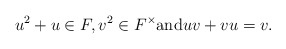
\begin{align*}u^2+u\in F,v^2\in F^\times{\rm and}uv+vu=v.\end{align*}